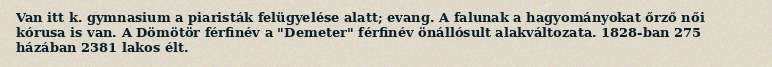
Van itt k. gymnasium a piaristák felügyelése alatt; evang. A falunak a hagyományokat őrző női kórusa is van. A Dömötör férfinév a "Demeter" férfinév önállósult alakváltozata. 1828-ban 275 házában 2381 lakos élt.